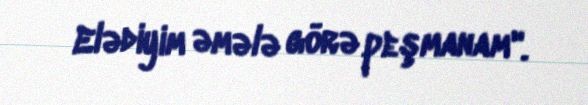
Elədiyim əmələ görə peşmanam".